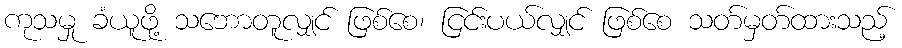
ကုသမှု ခံယူဖို့ သဘောတူလျှင် ဖြစ်စေ၊ ငြင်းပယ်လျှင် ဖြစ်စေ သတ်မှတ်ထားသည့်